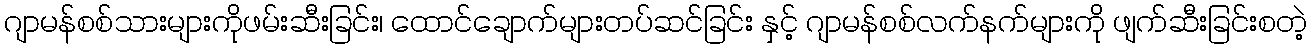
ဂျာမန်စစ်သားများကိုဖမ်းဆီးခြင်း၊ ထောင်ချောက်များတပ်ဆင်ခြင်း နှင့် ဂျာမန်စစ်လက်နက်များကို ဖျက်ဆီးခြင်းစတဲ့